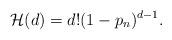
LaTeX: \begin{align*}\mathcal{H}(d)=d! (1-p_n)^{d-1}.\end{align*}